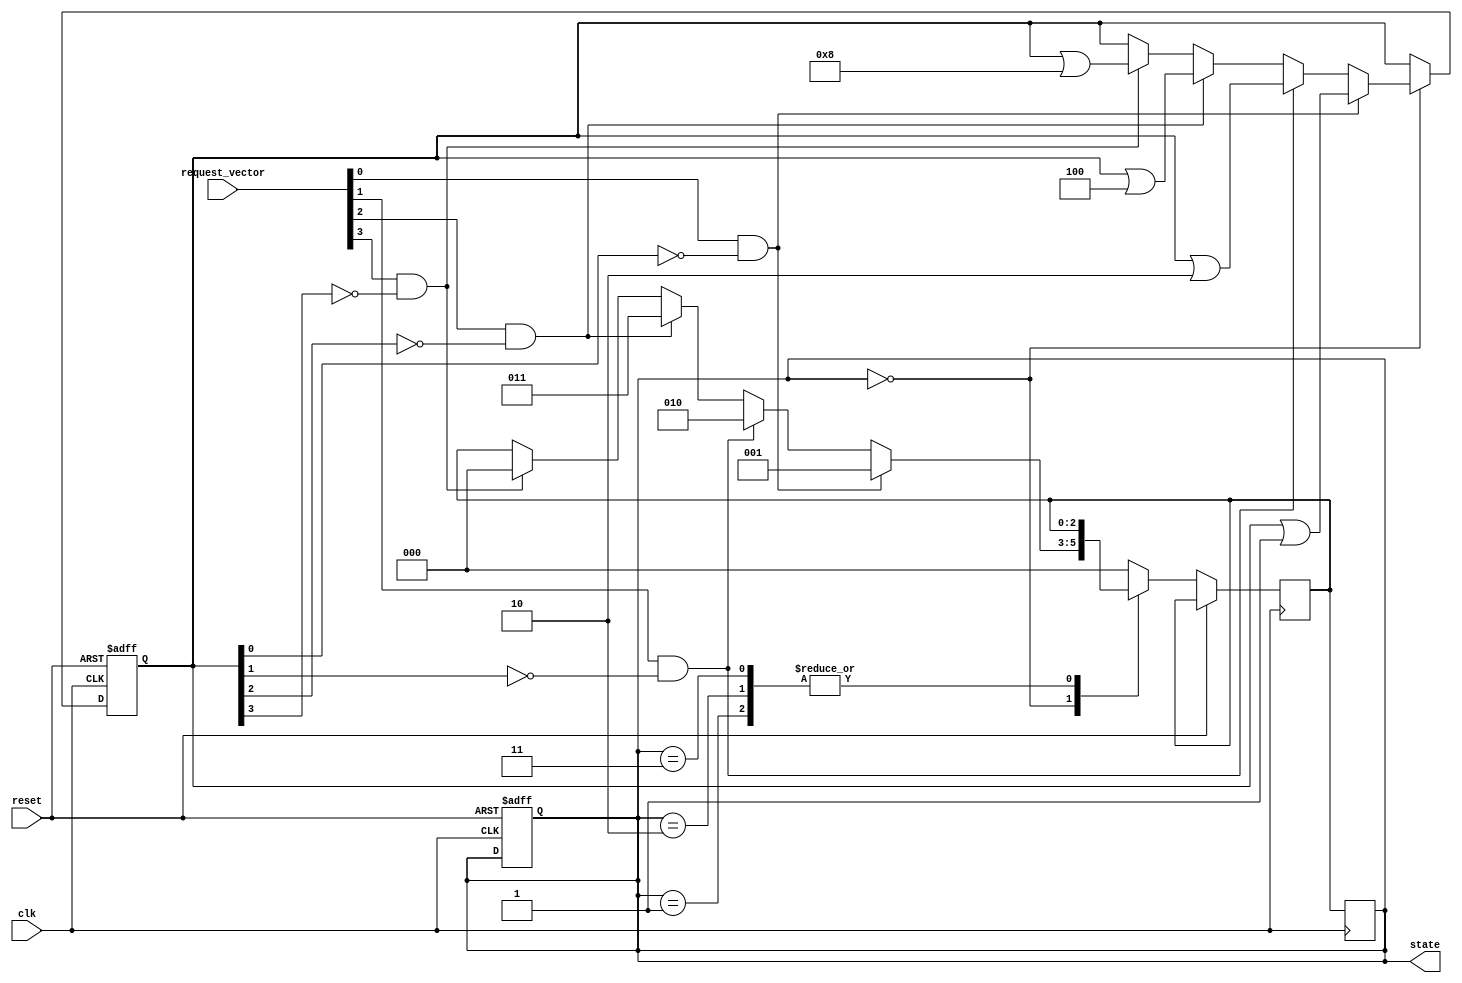
module priority_encoding_state_machine (
    input wire clk,
    input wire reset,
    input wire [N-1:0] request_vector,
    output reg [M-1:0] state
);

parameter N = 4; // Number of request signals
parameter M = 3; // Number of states

reg [N-1:0] prioritized_requests;
reg [M-1:0] next_state;

always @(posedge clk or posedge reset) begin
    if (reset) begin
        state <= 0;
        prioritized_requests <= 0;
    end else begin
        case (state)
            0: begin
                if (request_vector[0] && !prioritized_requests[0]) begin
                    next_state <= 1;
                    prioritized_requests <= prioritized_requests | (1 << 0);
                end else if (request_vector[1] && !prioritized_requests[1]) begin
                    next_state <= 2;
                    prioritized_requests <= prioritized_requests | (1 << 1);
                end else if (request_vector[2] && !prioritized_requests[2]) begin
                    next_state <= 3;
                    prioritized_requests <= prioritized_requests | (1 << 2);
                end else if (request_vector[3] && !prioritized_requests[3]) begin
                    next_state <= 0;
                    prioritized_requests <= prioritized_requests | (1 << 3);
                end
            end
            1: begin
                // Define transitions and priority encoding logic for state 1
            end
            2: begin
                // Define transitions and priority encoding logic for state 2
            end
            3: begin
                // Define transitions and priority encoding logic for state 3
            end
            default: next_state <= 0;
        endcase
    end
end

always @(posedge clk) begin
    state <= next_state;
end

endmodule